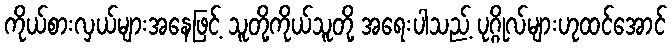
ကိုယ်စားလှယ်များအနေဖြင့် သူတို့ကိုယ်သူတို့ အရေးပါသည့် ပုဂ္ဂိုလ်များဟုထင်အောင်